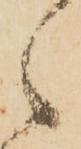
之